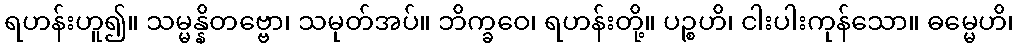
ရဟန်းဟူ၍။ သမ္မန္နိတဗ္ဗော၊ သမုတ်အပ်။ ဘိက္ခဝေ၊ ရဟန်းတို့။ ပဉ္စဟိ၊ ငါးပါးကုန်သော။ ဓမ္မေဟိ၊